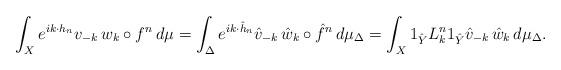
LaTeX: \begin{align*}\int_X e^{ik\cdot h_n}v_{-k}\,w_k\circ f^n\,d\mu=\int_\Delta e^{ik\cdot \hat h_n}\hat v_{-k}\,\hat w_k\circ \hat f^n\,d\mu_\Delta=\int_X 1_{\hat Y}L_k^n1_{\hat Y}\hat v_{-k}\,\hat w_k\,d\mu_\Delta.\end{align*}